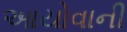
આયોવાની